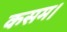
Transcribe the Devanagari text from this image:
कसम।